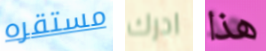
مستقره ادرك هذا